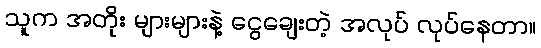
သူက အတိုး များများနဲ့ ငွေချေးတဲ့ အလုပ် လုပ်နေတာ။